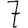
Digit: 7